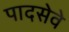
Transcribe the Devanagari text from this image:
पादसेवे